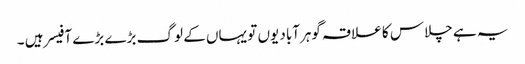
یہ ہے چلاس کا علاقہ گوہرآباد یوں تو یہاں کے لوگ بڑے بڑے آفیسر ہیں ۔